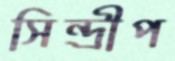
সিন্দ্রীপ